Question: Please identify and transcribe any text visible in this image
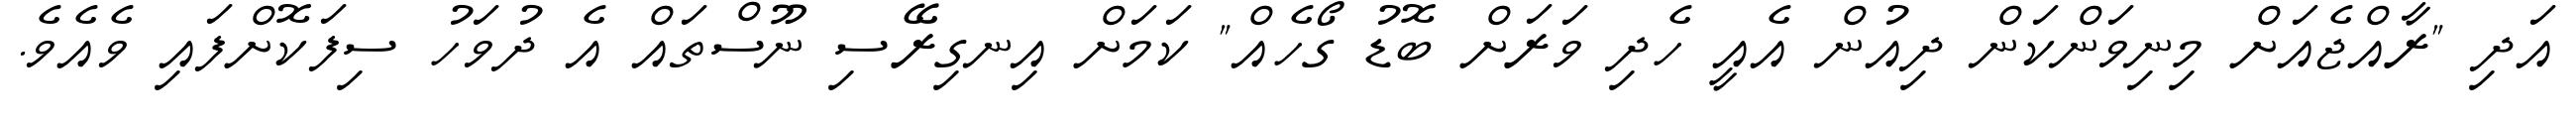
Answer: އަދި "ރާއްޖެއަށް މިނިވަންކަން ދިއުން އެއީ ހެދި ވަރަށް ބޮޑު ގޯހެއް" ކަމަށް އިނގިރޭސި ނޫސްތައް އެ ދުވަހު ސިފަކޮށްފައި ވެއެވެ.